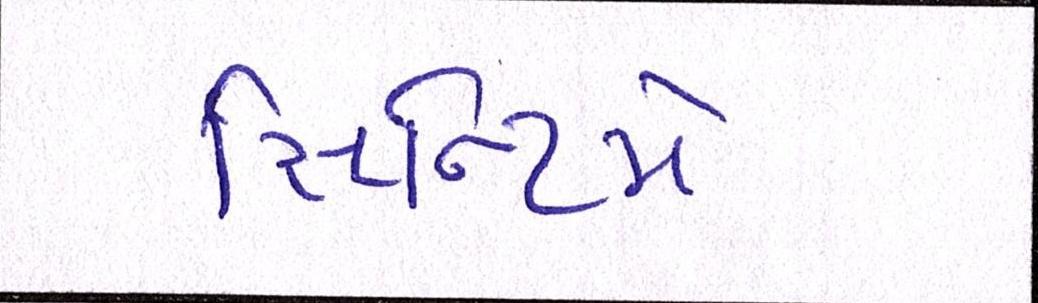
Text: સેન્ટિમેન્ટ